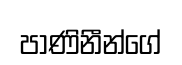
පාණිනීන්ගේ